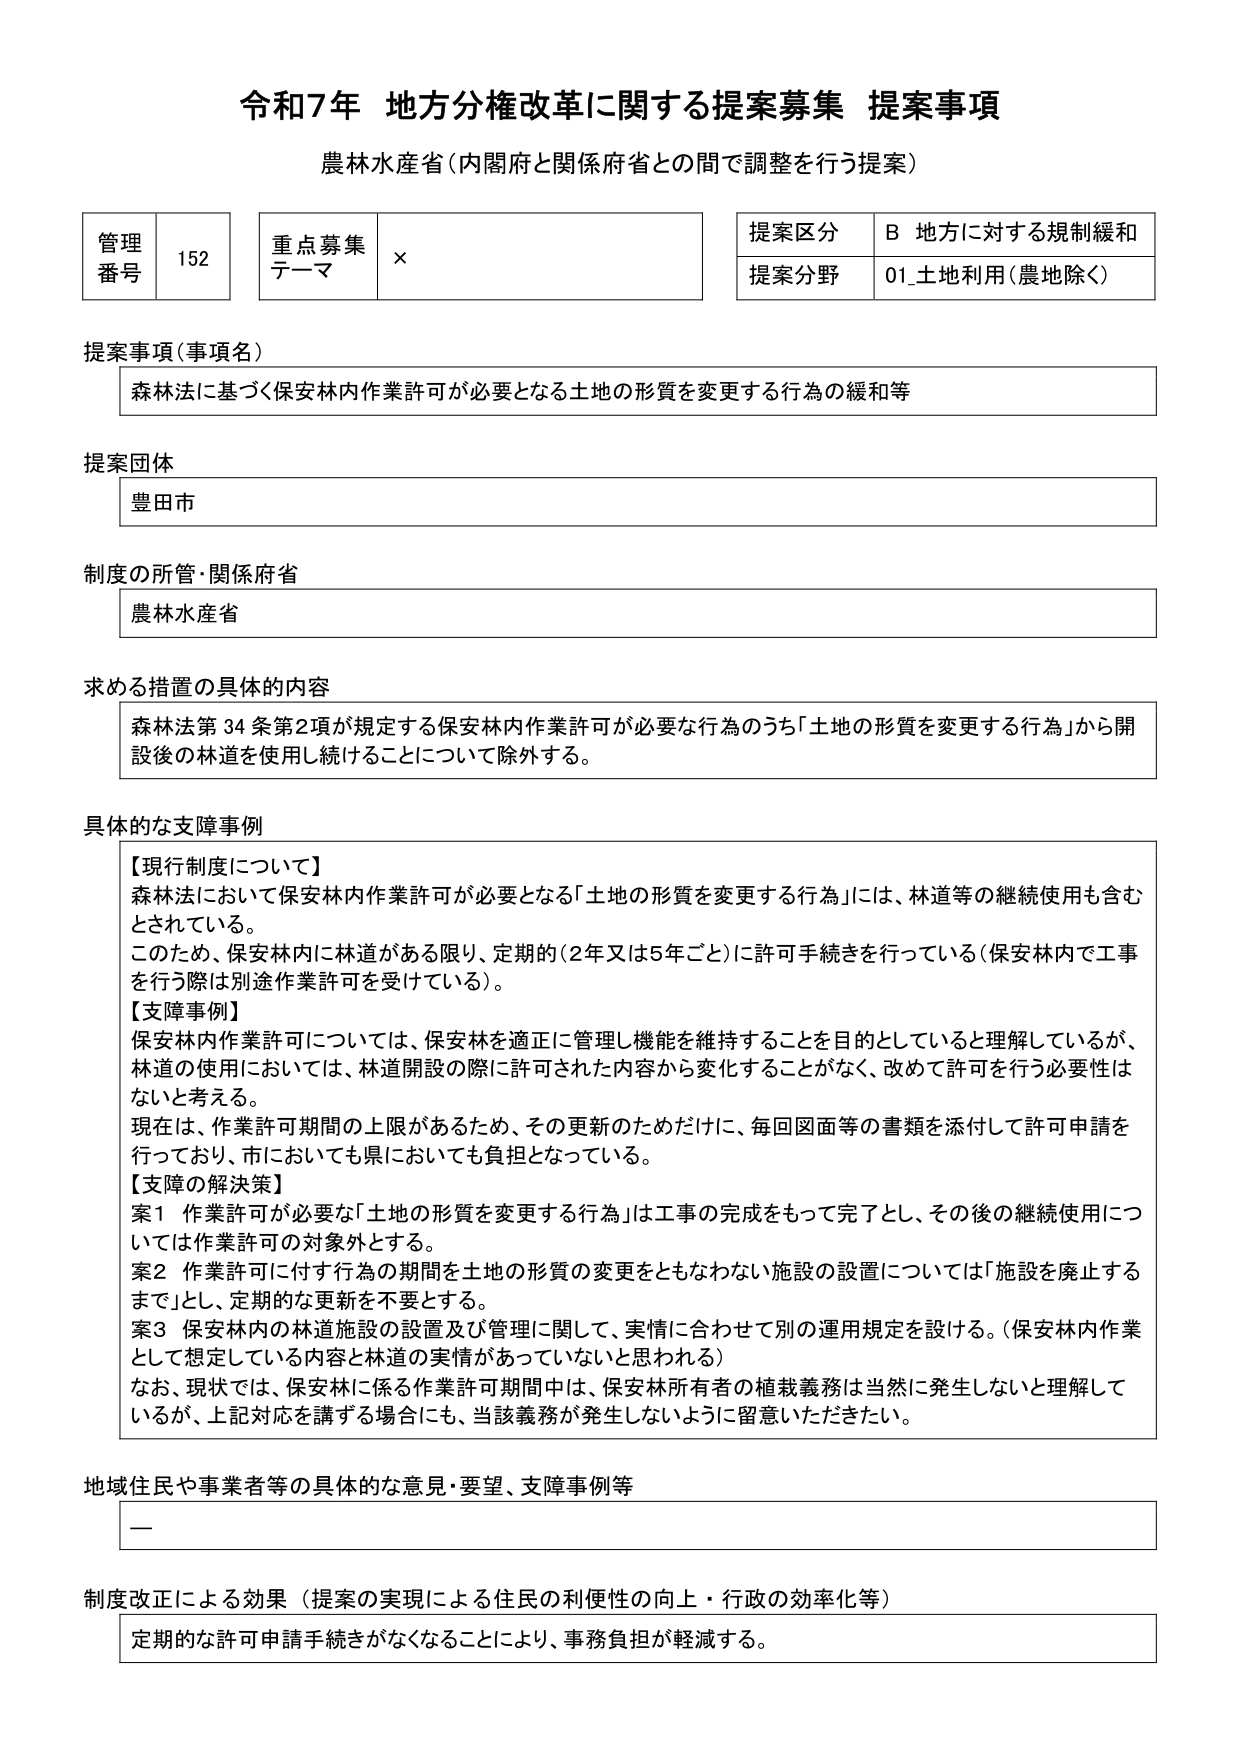
令和7年 地方分権改革に関する提案募集 提案事項
農林水産省（内閣府と関係府省との間で調整を行う提案）

管理番号 152
重点募集テーマ ×
提案区分 B 地方に対する規制緩和
提案分野 01_土地利用（農地除く）

提案事項（事項名）
森林法に基づく保安林内作業許可が必要となる土地の形質を変更する行為の緩和等

提案団体
豊田市

制度の所管・関係府省
農林水産省

求める措置の具体的内容
森林法第34条第2項が規定する保安林内作業許可が必要な行為のうち「土地の形質を変更する行為」から開設後の林道を使用し続けることについて除外する。

具体的な支障事例
【現行制度について】
森林法において保安林内作業許可が必要となる「土地の形質を変更する行為」には、林道等の継続使用も含むとされている。
このため、保安林内に林道がある限り、定期的（2年又は5年ごと）に許可手続きを行っている（保安林内で工事を行う際は別途作業許可を受けている）。
【支障事例】
保安林内作業許可については、保安林を適正に管理し機能を維持することを目的としていると理解しているが、林道の使用においては、林道開設の際に許可された内容から変化することがなく、改めて許可を行う必要性はないと考える。
現在は、作業許可期間の上限があるため、その更新のためだけに、毎回図面等の書類を添付して許可申請を行っており、市においても県においても負担となっている。
【支障の解決策】
案1 作業許可が必要な「土地の形質を変更する行為」は工事の完成をもって完了とし、その後の継続使用については作業許可の対象外とする。
案2 作業許可に付す行為の期間を土地の形質の変更をともなわない施設の設置については「施設を廃止するまで」とし、定期的な更新を不要とする。
案3 保安林内の林道施設の設置及び管理に関して、実情に合わせて別の運用規定を設ける。（保安林内作業として想定している内容と林道の実情があっているとは思われない）
なお、現状では、保安林に係る作業許可期間中は、保安林所有者の植栽義務は当然に発生しないと理解しているが、上記対応を講ずる場合にも、当該義務が発生しないように留意いただきたい。

地域住民や事業者等の具体的な意見・要望、支障事例等
—

制度改正による効果（提案の実現による住民の利便性の向上・行政の効率化等）
定期的な許可申請手続きがなくなることにより、事務負担が軽減する。